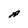
Character: A